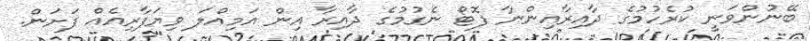
ބޭނުންވަނީ ކުރެހުމުގެ ދާއިރާއިންނާ ފޮޓޯ ނެގުމުގެ ދާއިރާ އިން އަމިއްލަ ވިޔަފާރިއެއް ފަށަން.